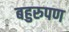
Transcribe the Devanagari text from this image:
बहुरुपण